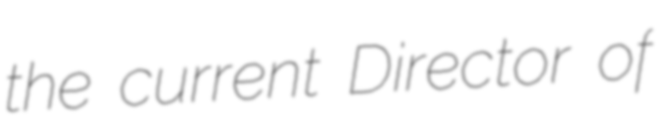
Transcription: the current Director of